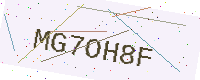
Text: MG7OH8F